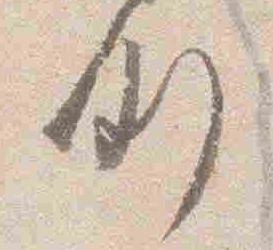
例